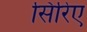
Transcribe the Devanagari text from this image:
सिरिए